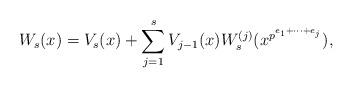
LaTeX: \begin{align*}W_s(x)=V_s(x) + \sum_{j=1}^sV_{j-1}(x)W_s^{(j)}(x^{p^{e_{1}+\dots +e_j}}),\end{align*}